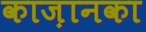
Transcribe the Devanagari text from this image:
काज़ानका